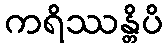
ကရိဿန္တိပိ